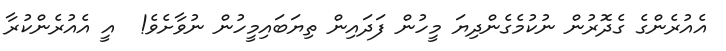
އެއުރެންގެ ގެދޮރުން ނުކުމެގެންދިޔަ މީހުން ފަދައިން ތިޔަބައިމީހުން ނުވާށެވެ!  އީ އެއުރެންކުރާ